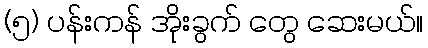
(၅) ပန်းကန် အိုးခွက် တွေ ဆေးမယ်။